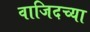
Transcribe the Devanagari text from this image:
वाजिदच्या